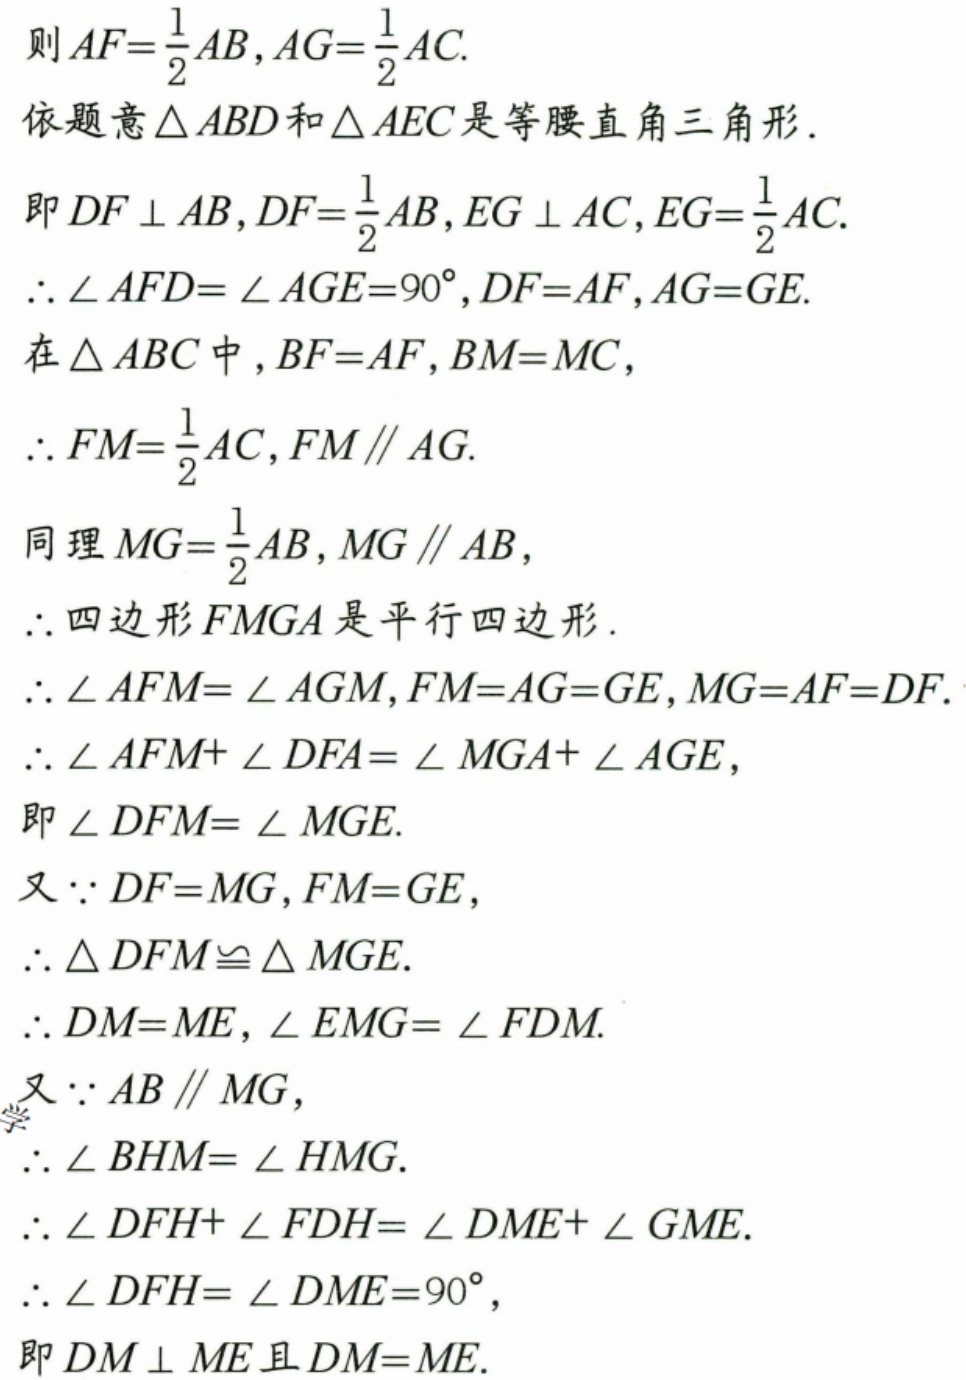
则\(AF = \frac{1}{2}AB\), \(AG=\frac{1}{2}AC\).
依题意\(\triangle ABD\)和\(\triangle AEC\)是等腰直角三角形.
即\(DF\perp AB\), \(DF = \frac{1}{2}AB\), \(EG\perp AC\), \(EG=\frac{1}{2}AC\).
\(\therefore\angle AFD=\angle AGE = 90^{\circ}\), \(DF = AF\), \(AG = GE\).
在\(\triangle ABC\)中, \(BF = AF\), \(BM = MC\),
\(\therefore FM=\frac{1}{2}AC\), \(FM\parallel AG\).
同理\(MG=\frac{1}{2}AB\), \(MG\parallel AB\),
\(\therefore\)四边形\(FMGA\)是平行四边形.
\(\therefore\angle AFM=\angle AGM\), \(FM = AG = GE\), \(MG = AF = DF\).
\(\therefore\angle AFM+\angle DFA=\angle MGA+\angle AGE\),
即\(\angle DFM=\angle MGE\).
又\(\because DF = MG\), \(FM = GE\),
\(\therefore\triangle DFM\cong\triangle MGE\).
\(\therefore DM = ME\), \(\angle EMG=\angle FDM\).
又\(\because AB\parallel MG\),
\(\therefore\angle BHM=\angle HMG\).
\(\therefore\angle DFH+\angle FDH=\angle DME+\angle GME\).
\(\therefore\angle DFH=\angle DME = 90^{\circ}\),
即\(DM\perp ME\)且\(DM = ME\).